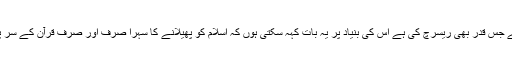
میں نے جس قدر بھی ریسرچ کی ہے اس کی بنیاد پر یہ بات کہہ سکتی ہوں کہ اسلام کو پھیلانے کا سہرا صرف اور صرف قرآن کے سر پر ہے۔